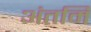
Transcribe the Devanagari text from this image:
अंतमि